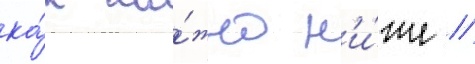
ка́к мо́жно н'и́же /